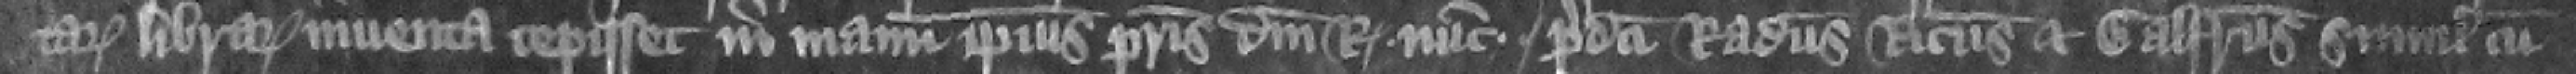
tarum librarum inuenta cepisset in manum ipsius patris domini regis nunc predicti Radulfus Ricardus et Galfridus simul cum